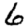
Digit: 6